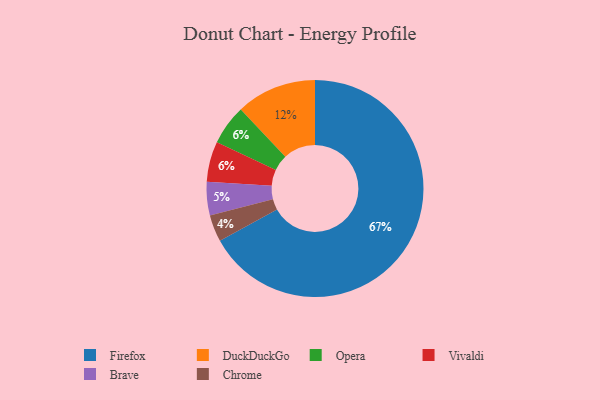
{"axis": {"x": "Category", "y": "Percentage"}, "legend": ["Brave", "Chrome", "DuckDuckGo", "Firefox", "Opera", "Vivaldi"], "data": [{"x": "Chrome", "y": 4, "type": "Chrome"}, {"x": "Opera", "y": 6, "type": "Opera"}, {"x": "Brave", "y": 5, "type": "Brave"}, {"x": "Firefox", "y": 67, "type": "Firefox"}, {"x": "Vivaldi", "y": 6, "type": "Vivaldi"}, {"x": "DuckDuckGo", "y": 12, "type": "DuckDuckGo"}]}